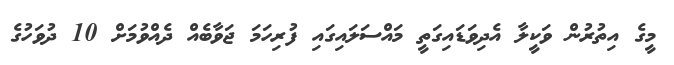
މީގެ އިތުރުން ވަކީލާ އެދިވަޑައިގަތީ މައްސަލައިގައި ފުރިހަމަ ޖަވާބެއް ދެއްވުމަށް 10 ދުވަހުގެ